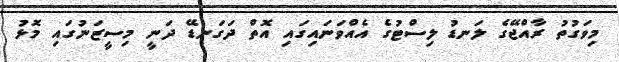
މިވަގުތު ރާއްޖޭގެ ލަނޑު ލިސްޓުގެ އެއްވަނައިގައި އޮތް ދަގަނޑޭ ދަނީ މިސީޒަނުގައި މޮޅު